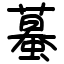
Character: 蟇